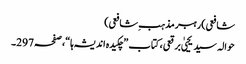
شافعی)رہبر مذہب ِشافعی)
حوالہ سید یحییٰ برقعی، کتاب ”چکیدہ اندیشہ ہا“،صفحہ297۔